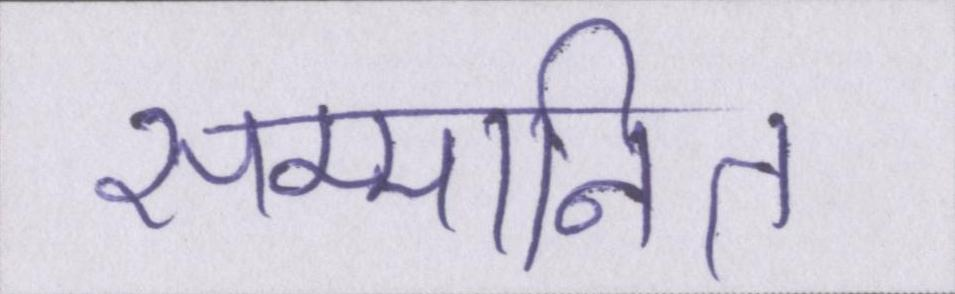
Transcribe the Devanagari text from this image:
सम्मानित